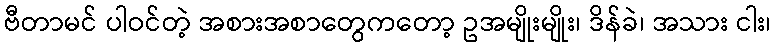
ဗီတာမင် ပါဝင်တဲ့ အစားအစာတွေကတော့ ဥအမျိုးမျိုး၊ ဒိန်ခဲ၊ အသား ငါး၊